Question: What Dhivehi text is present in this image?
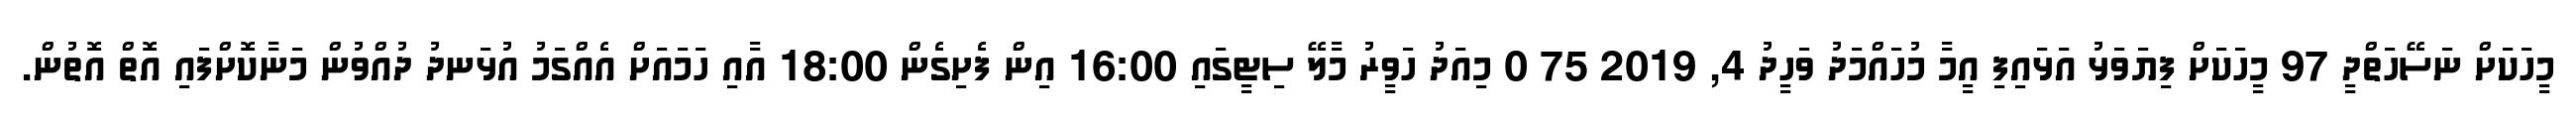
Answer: މީހަކަށް ނަސޭހަތްދީ 97 މީހަކަށް ފިޔަވަޅު އަޅައިފި އީމާ މުހައްމަދު ވަހީދު 4, 2019 75 0 މިއަދު ހަވީރު މާލޭ ސިޓީގައި 16:00 އިން ފެށިގެން 18:00 އާއި ހަމައަށް އެއްގަމު އުޅަނދު ދުއްވުން މަނާކޮށްފައި އޮތް އޮތުން.